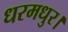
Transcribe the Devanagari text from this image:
धरमधुर।